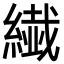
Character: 繊